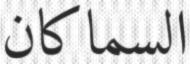
السماكان